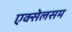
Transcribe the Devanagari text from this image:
एक्सेलसम